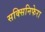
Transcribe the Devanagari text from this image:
सक्सिनिफेरा